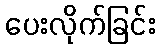
ပေးလိုက်ခြင်း